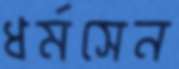
ধর্মসেন